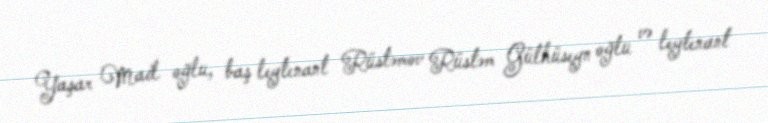
Yaşar Mail oğlu, baş leytenant Rüstəmov Rüstəm Gülhüseyn oğlu və leytenant